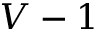
V - 1